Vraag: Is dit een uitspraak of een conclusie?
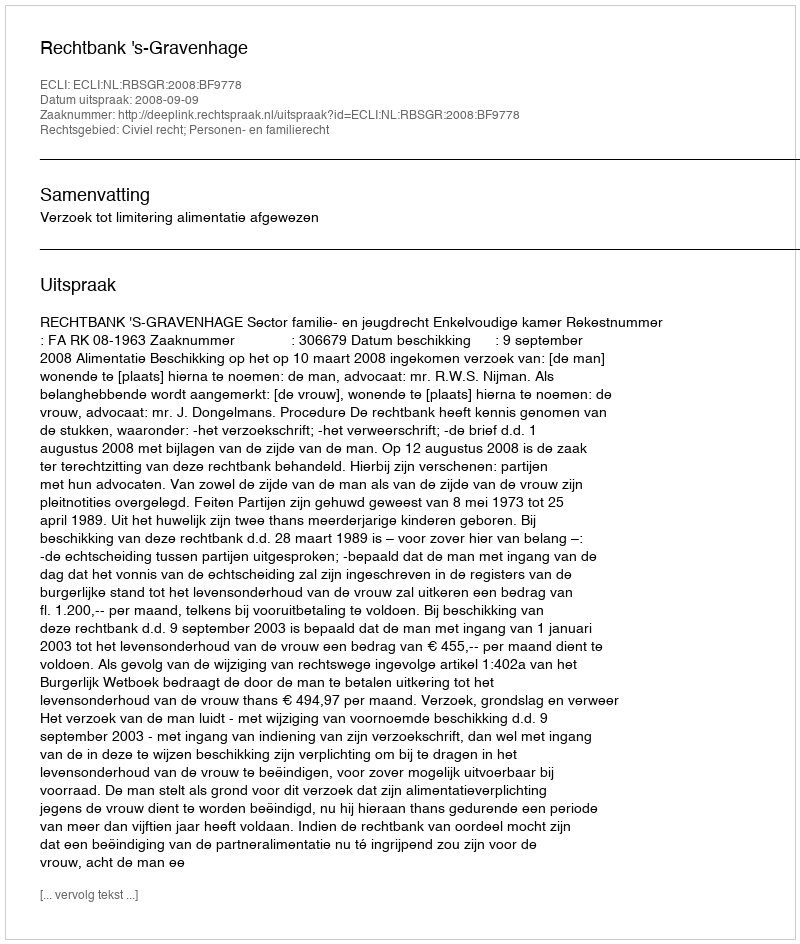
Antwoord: Uitspraak